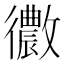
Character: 𢖢